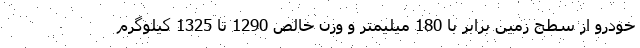
خودرو از سطح زمین برابر با 180 میلیمتر و وزن خالص 1290 تا 1325 کیلوگرم